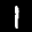
Label: 1